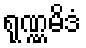
ရုဏ္ဏမိဒံ